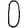
Digit: 0